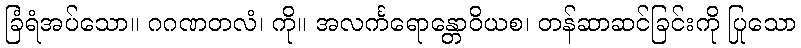
ခြံရံအပ်သော။ ဂဂဏတလံ၊ ကို။ အလင်္ကရောန္တောဝိယစ၊ တန်ဆာဆင်ခြင်းကို ပြုသော